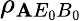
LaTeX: {{\rho}_{\mathbf{A}{{E}_{0}}{{B}_{0}}}}